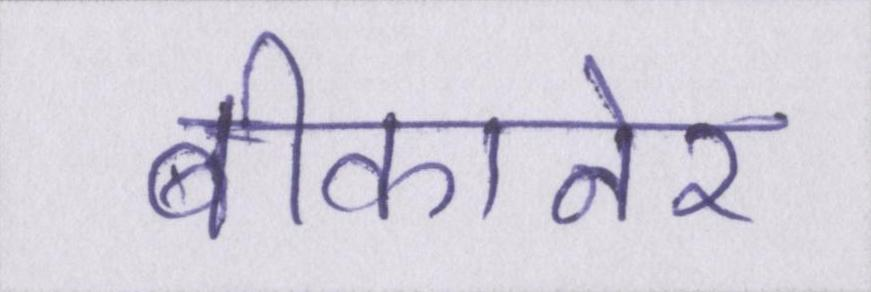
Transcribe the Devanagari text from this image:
बीकानेर